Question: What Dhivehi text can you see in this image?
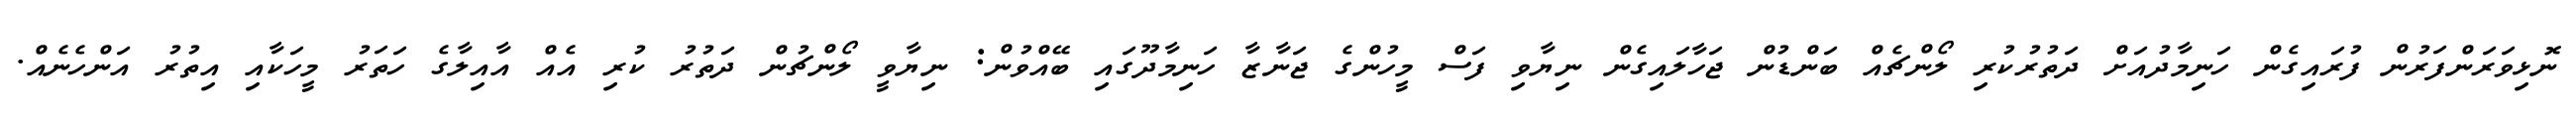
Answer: ނޮޅިވަރަންފަރުން ފުރައިގެން ހަނިމާދުއަށް ދަތުރުކުރި ލޯންޗެއް ބަންޑުން ޖަހާލައިގެން ނިޔާވި ފަސް މީހުންގެ ޖަނާޒާ ހަނިމާދޫގައި ބޭއްވުން: ނިޔާވީ ލޯންޗުން ދަތުރު ކުރި އެއް އާއިލާގެ ހަތަރު މީހަކާއި އިތުރު އަންހެނެއް.